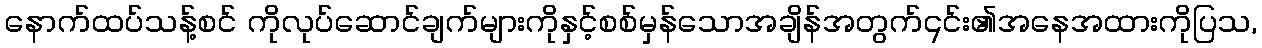
နောက်ထပ်သန့်စင် ကိုလုပ်ဆောင်ချက်များကိုနှင့်စစ်မှန်သောအချိန်အတွက်၎င်း၏အနေအထားကိုပြသ,